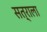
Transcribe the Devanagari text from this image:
सत्राला